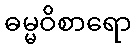
ဓမ္မဝိစာရော